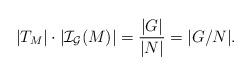
LaTeX: \begin{align*}|T_M|\cdot|\mathcal{I}_{\mathcal{G}}(M)|=\frac{|G|}{|N|}=|{G/N}|.\end{align*}